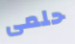
حلمى